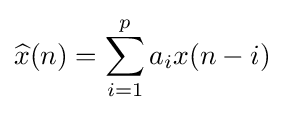
{\widehat {x}}(n)=\sum _{i=1}^{p}a_{i}x(n-i)